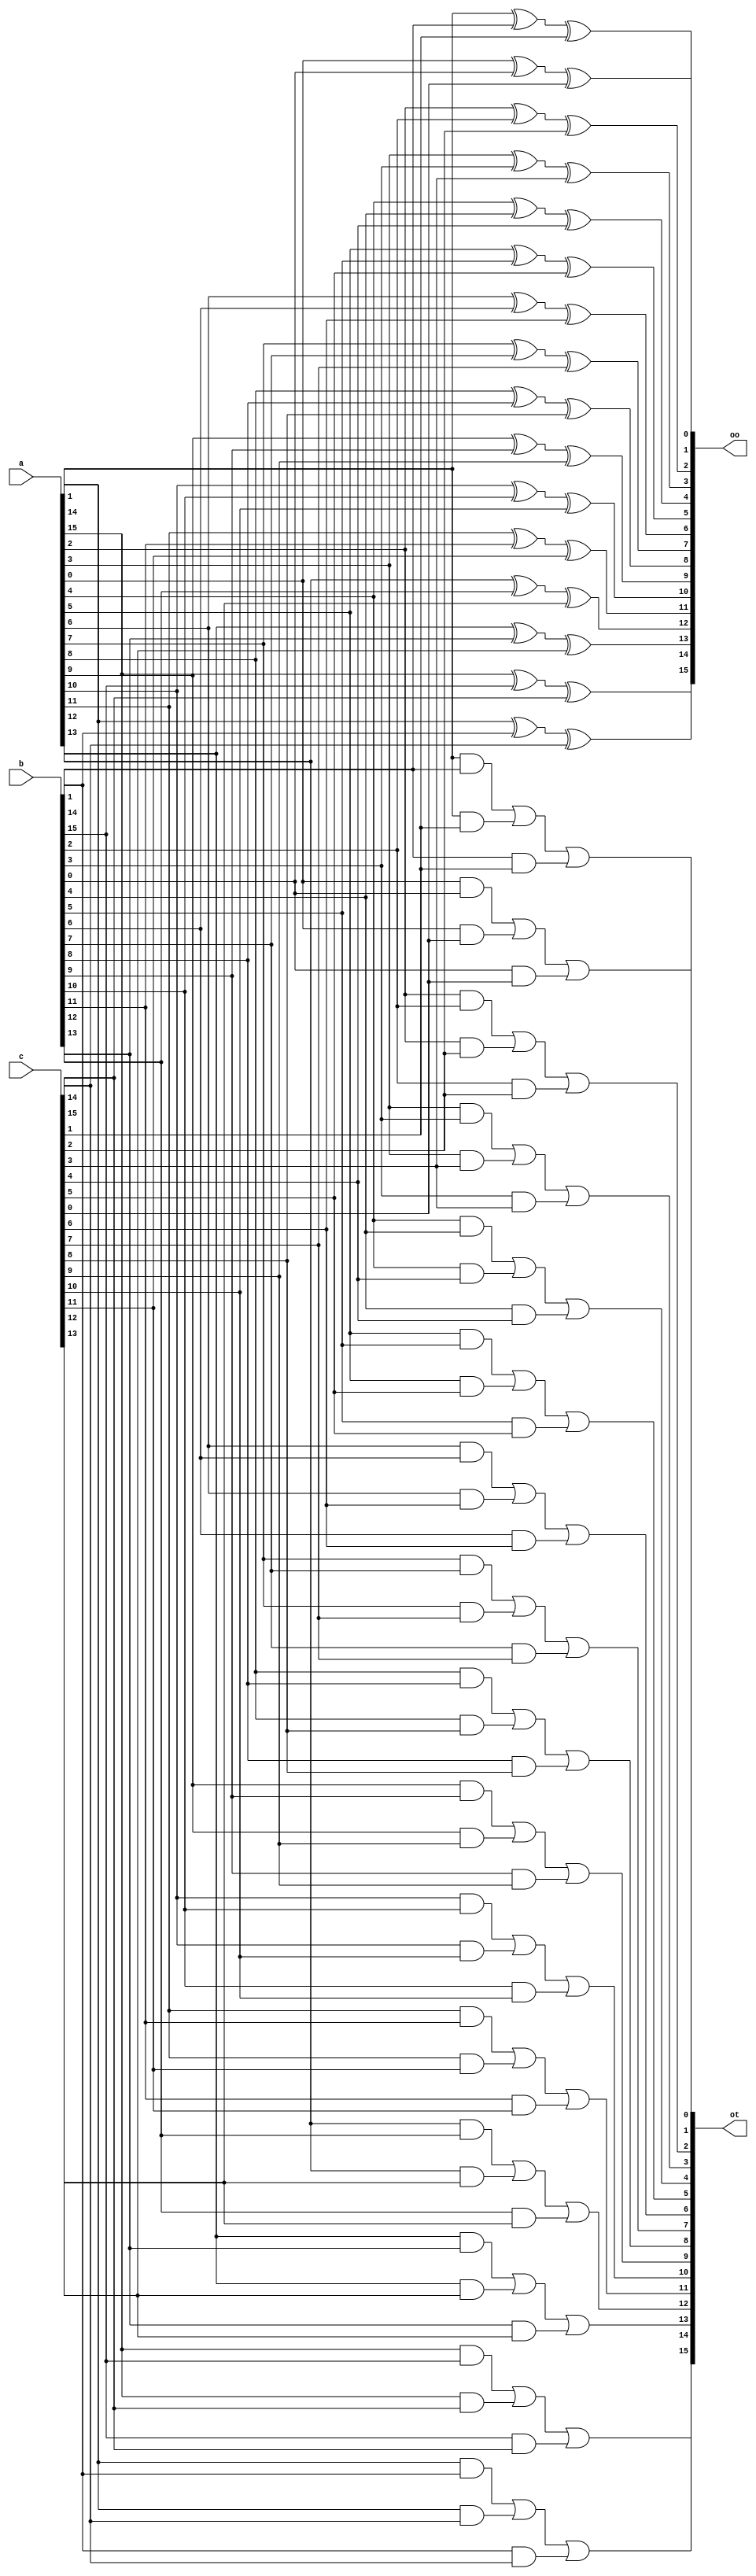
// Copyright 2007 Altera Corporation. All rights reserved.  
// Altera products are protected under numerous U.S. and foreign patents, 
// maskwork rights, copyrights and other intellectual property laws.  
//
// This reference design file, and your use thereof, is subject to and governed
// by the terms and conditions of the applicable Altera Reference Design 
// License Agreement (either as signed by you or found at www.altera.com).  By
// using this reference design file, you indicate your acceptance of such terms
// and conditions between you and Altera Corporation.  In the event that you do
// not agree with such terms and conditions, you may not use the reference 
// design file and please promptly destroy any copies you have made.
//
// This reference design file is being provided on an "as-is" basis and as an 
// accommodation and therefore all warranties, representations or guarantees of 
// any kind (whether express, implied or statutory) including, without 
// limitation, warranties of merchantability, non-infringement, or fitness for
// a particular purpose, are specifically disclaimed.  By making this reference
// design file available, Altera expressly does not recommend, suggest or 
// require that this reference design file be used in combination with any 
// other product not provided by Altera.
/////////////////////////////////////////////////////////////////////////////


// baeckler - 03-14-2006

////////////////////////////////////////////////////////
// wide 3:2 compressor
////////////////////////////////////////////////////////
module compress_32 (a,b,c,oo,ot);
parameter WIDTH = 16;
input [WIDTH-1:0] a,b,c;
output [WIDTH-1:0] oo,ot;

genvar i;
generate
	for (i=0; i<WIDTH; i=i+1)
	begin : cmp
		assign oo[i] = a[i] ^ b[i] ^ c[i];
		assign ot[i] = (a[i] & b[i]) | (a[i] & c[i]) | (b[i] & c[i]);			
	end
endgenerate
endmodule

////////////////////////////////////////////////////////
// wide 4:2 compressor (with cin and cout)
//   the carry signal cannot ripple through more than one
//   stage. 
////////////////////////////////////////////////////////
module compress_42 (ci,a,b,c,d,co,oo,ot);
parameter WIDTH = 16;
input ci;
input [WIDTH-1:0] a,b,c,d;
output [WIDTH-1:0] oo,ot;
output co;

wire [WIDTH-1:0] internal_o;
wire [WIDTH-1:0] internal_t;

compress_32 i (.a(a),.b(b),.c(c),.oo(internal_o),.ot(internal_t));
	defparam i .WIDTH = WIDTH;

compress_32 o (.a({internal_t[WIDTH-2:0],ci}),
				.b(d),
				.c(internal_o),
				.oo(oo),.ot(ot));
	defparam o .WIDTH = WIDTH;
assign co = internal_t[WIDTH-1];
endmodule

///////////////////////////////////////////////////////
//   Quick sanity check 
////////////////////////////////////////////////////////
module compress_test ();

parameter WIDTH = 16;

reg fail;
reg [WIDTH-1:0] a,b,c,d;
wire [WIDTH+2-1:0] out_x, out_y;

assign out_x = a + b + c + d;

wire [WIDTH-1:0] oo,ot;
wire co;
compress_42 cmp (.ci(1'b0),.a(a),.b(b),.c(c),.d(d),.co(co),.oo(oo),.ot(ot));
	defparam cmp .WIDTH = WIDTH;

assign out_y = {co,oo} + (ot<<1);

initial begin
	a = 0; b = 0; c = 0; d = 0;
	fail = 0;
	#10000
	if (!fail) $display ("PASS");
	$stop();
end

always begin 
	#50 a = $random; b = $random; c = $random; d = $random;
	#50 if (out_x !== out_y) begin
		fail = 1;
		$display ("Mismatch at time %d",$time);
	end
end

endmodule